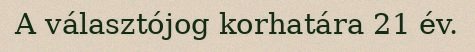
A választójog korhatára 21 év.